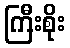
ကြီးစိုး